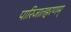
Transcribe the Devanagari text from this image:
पारिजातहरणम्